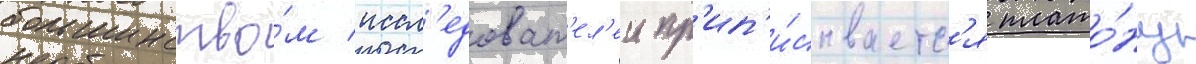
большинство́м иссл'едоват'ел'еи пр'ип'и́сываетс'я плато́ну